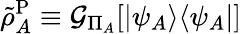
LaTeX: \tilde{\rho}_{A}^{\mathrm{P}}\equiv\mathcal{G}_{\Pi_{A}}[|\psi_{A}\rangle\langle\psi_{A}|]